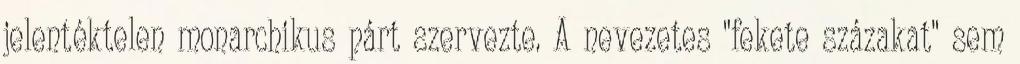
jelentéktelen monarchikus párt szervezte. A nevezetes "fekete százakat" sem